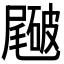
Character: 𥖑